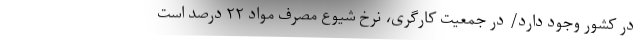
در کشور وجود دارد/ در جمعیت کارگری، نرخ شیوع مصرف مواد ۲۲ درصد است